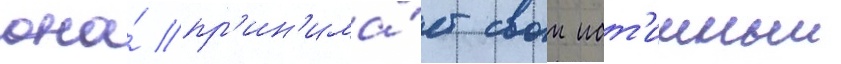
она́ пр'ин'има́ет свои ист'инныи